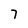
Character: 7